[Report on the health of British troops in the Madras command]
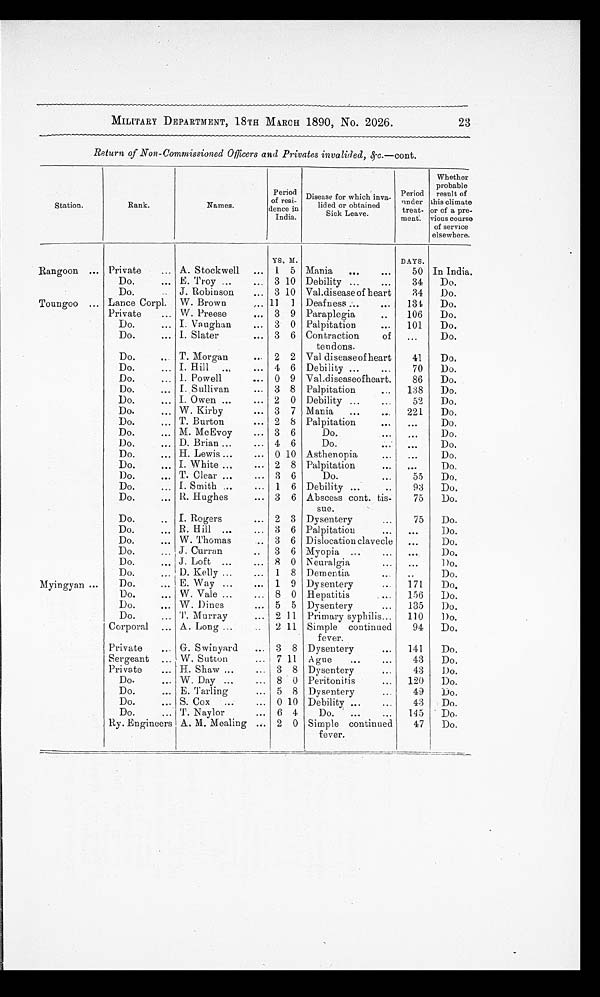
23
MILITARY DEPARTMENT, 18TH MARCH 1890, No. 2026.
Return of Non-Commissioned Officers and Privates invalided, &c.—cont.
Station.
Rank.
Names.
P e r i o d o f r e s i - d e n c e i n I n d i a
Disease for which inva-
lided or obtained
Sick Leave.
Period
under
treat-
ment.
Whether
probable
result of
this climate
or of a pre-
vious course
of service
elsewhere.
YS. M.
DAYS.
Rangoon
Private
A. Stockwell
1 5 Mania
50 In India.
Do.
E. Troy
3 10 Debility
34
Do.
Do.
J. Robinson
3 10 Val.disease of heart
34
Do.
Toungoo
Lance Corpl. W. Brown
11 1 Deafness
134
Do.
Private
W. Preese
3 9 Paraplegia
106
Do.
Do.
I . V a u g h a
n
3 0 Palpitation
101
Do.
Do.
I. Slater
3 6 Contraction
of
tendons.
. . .
Do.
Do.
T. Morgan
2 2 Val diseaseof heart
41
Do.
Do.
I. Hill
4 6 Debility
70
Do.
Do.
I. Powell
0 9 Val.diseaseofheart.
86
Do.
Do.
I. Sullivan
3 8 Palpitation
138
Do.
Do.
I. Owen
2 0 Debility
52
Do.
Do.
W. Kirby
3 7 Mania
221
Do.
Do.
T. Burton
2 8 Palpitation
. . .
Do.
Do.
M. McEvoy
3 6
Do.
. . .
Do.
Do.
D. Brian
4 6
Do.
. . .
Do.
Do.
H. Lewis
0 10 Asthenopia
. . .
Do.
Do.
I. White
2 8 Palpitation
. . .
Do.
Do.
T. Clear
3 6
Do.
55
Do.
Do.
I. Smith
1 6 Debility
93
Do.
Do.
R. Hughes
3 6 Abscess cont. tis-
sue.
75
Do.
Do.
I. Rogers
2 3 Dysentery
75
Do.
Do.
R. Hill
3 6 Palpitation
. . .
Do.
Do.
W. Thomas
3 6 Dislocation clavecle
. . .
Do.
Do.
J. Curran
3 6 Myopia
. . .
Do.
Do.
J. Loft
8 0 Neuralgia
. . .
Do.
Do.
D. Kelly
1 8 Dementia
. . .
Do.
Myingyan
Do.
E. Way
1 9 Dysentery
171
Do.
Do.
W. Vale
8 0 Hepatitis
156
Do.
Do.
W. Dines
5 5 Dysentery
135
Do.
Do.
T. Murray
2 11 Primary syphilis
110
Do.
Corporal
A. Long
2 11 Simple continued
fever.
94
Do.
Private
G. Swinyard
3 8 Dysentery
141
Do.
Sergeant
W. Sutton
7 11 Ague
43
Do.
Private
H. Shaw
3 8 Dysentery
43
Do.
Do.
W. Day
8 0 Peritonitis
120
Do.
Do.
E. Tarling
5 8 Dysentery
49
Do.
Do.
S. Cox
0 10 Debility
43
Do.
Do.
T. Naylor
6 4
Do.
145
Do.
Ry. Engineers A. M. Mealing
2 0 Simple continued
fever
47
Do.